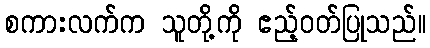
စကားလက်က သူတို့ကို ဧည့်ဝတ်ပြုသည်။